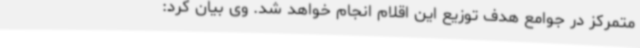
متمرکز در جوامع هدف توزیع این اقلام انجام خواهد شد. وی بیان کرد: